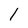
Character: l